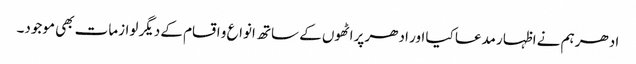
ادھر ہم نے اظہار مدعا کیا اور ادھر پراٹھوں کے ساتھ انواع و اقسام کے دیگر لوازمات بھی موجود۔